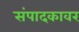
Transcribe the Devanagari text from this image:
संपादकावर